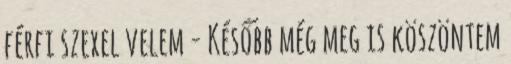
férfi szexel velem - Később még meg is köszöntem